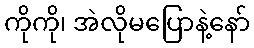
ကိုကို၊ အဲလိုမပြောနဲ့နော်